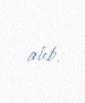
alıb.